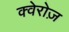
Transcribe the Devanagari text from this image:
क्वेरोज़